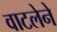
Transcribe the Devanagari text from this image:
वाटलेने